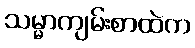
သမ္မာကျမ်းစာထဲက